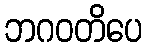
ဘဂဝတိပေ